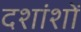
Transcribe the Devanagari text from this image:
दशांशों